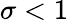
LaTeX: \sigma<1